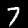
Label: 7